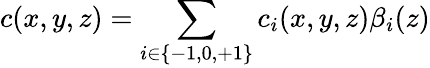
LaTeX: c(x,y,z)=\sum_{i\in\{ -1,0,+1\} }c_{i}(x,y,z)\beta_{i}(z)